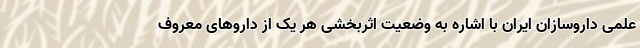
علمی داروسازان ایران با اشاره به وضعیت اثربخشی هر یک از داروهای معروف